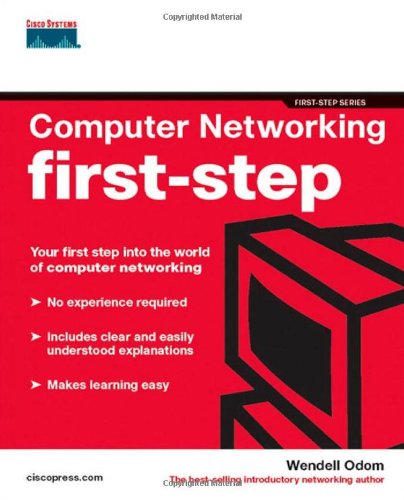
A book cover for Computer Networking First-Step; Wendell Odom; Computers & Technology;